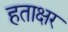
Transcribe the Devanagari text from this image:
हताक्षर